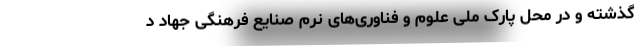
گذشته و در محل پارک ملی علوم و فناوری‌های نرم صنایع فرهنگی جهاد د